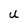
Character: U